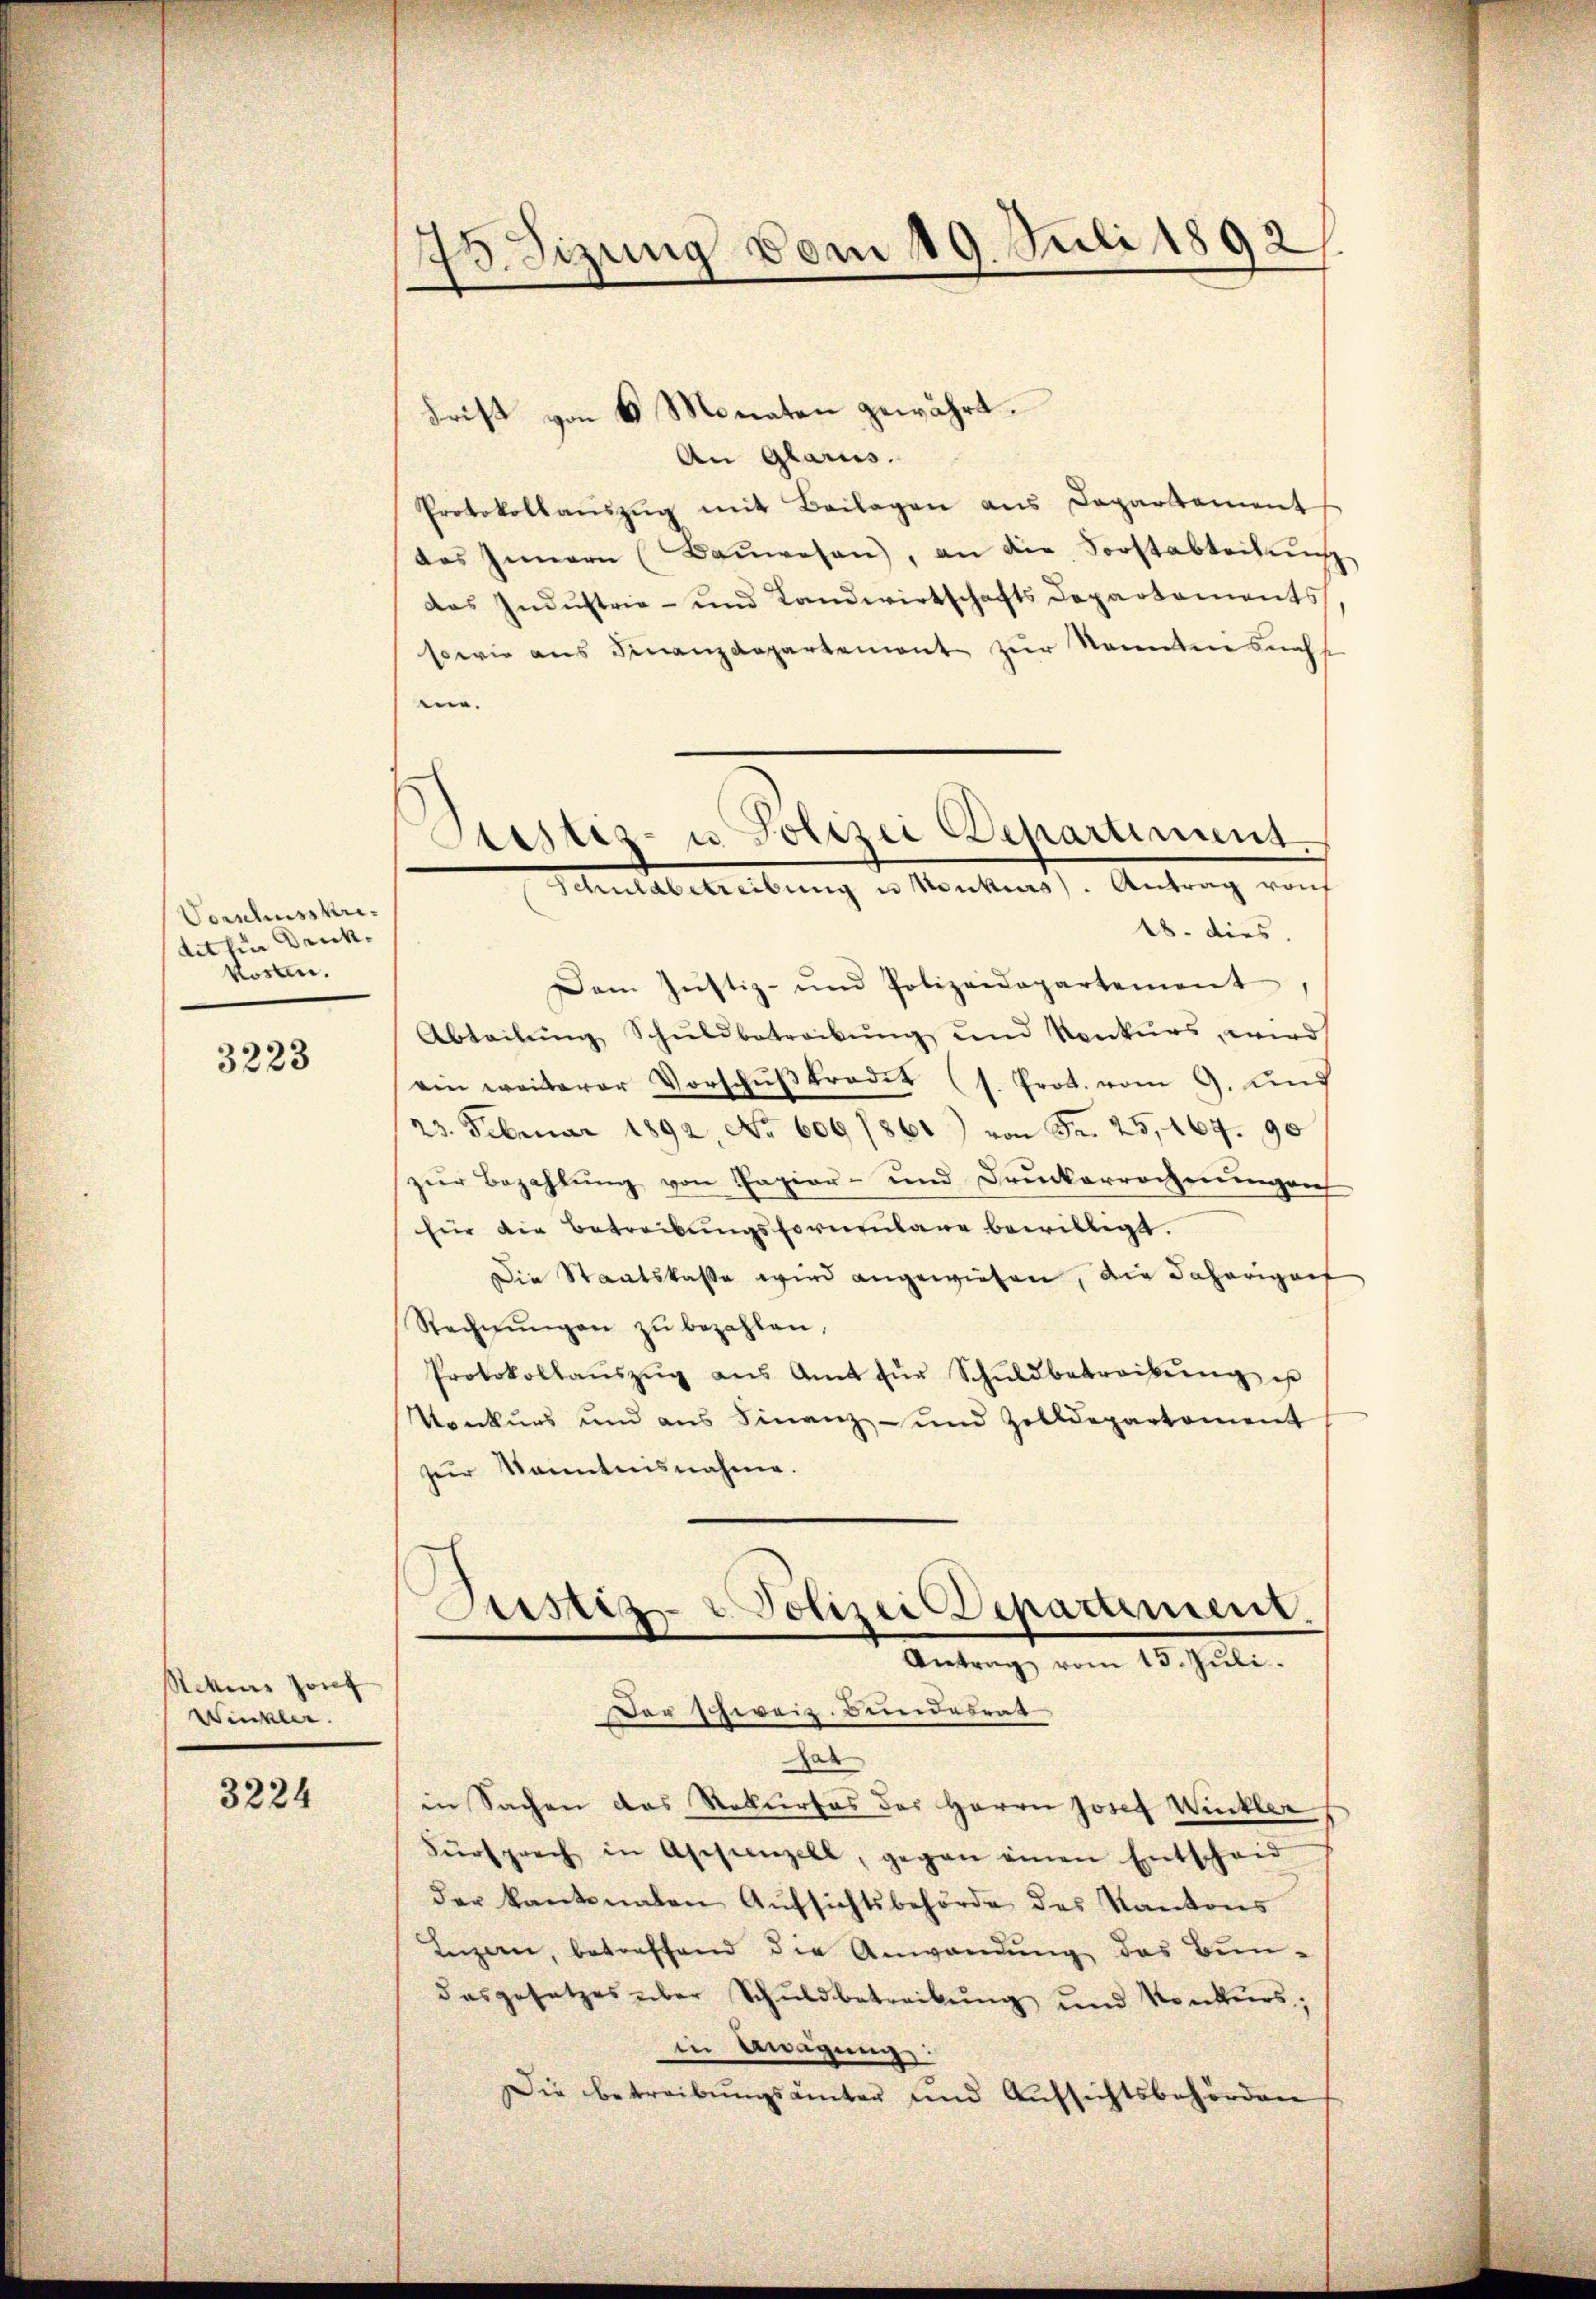
Vorschusskri-
dithin Druck.
kosten.

3223

Schens Josef
Winkler.

3224

73. Sizung vom 19. Juli 1892

Frist von 6 Monaten gewährt.
An Glarus.
Protokollaŭszŭg mit Beilagen aus Departement
das Innern (Baŭwesen, an die Forstabteilung
das Industrie- und Landwirtschafts Departements
sowie aus Finanzdepartement zur kannten nachs
e.
18. dies
Dem Justiz- und Polizeidepartement
Abteilŭng Schŭldbetreibŭng und Konkurs, wird
ein weiterer Vorschŭβkradet (s. Prot. vom 9. und
23. Februar 1892, No 609/861) von Fr. 25, 464. 90
zur Bezahlung von Papier- und Druckerrechnungen
für die Betreibungsformŭlar bewilligt.
Die Staatskasse wird angewiesen, die daherigorf
Rechnŭngen zŭ bezahlen,
Protokollaŭszŭg aŭs Amt für Schŭldbetreibŭng es
Konkurs und aus Finanz- und Zolldepartement
zur Kenntnisnahme.
Justiz- & Polizei-Departement.
Antrag vom 15. Jŭli
Der schweiz. Bundesrat
r
in Sachen das Rekurses des Herrn Josef Winkler
Fürsprech in Aschenzell, gegen einen Entscheid
der kantonalen Aŭfsichtsbehörde des Kantons
Ingen, betreffend die Anwendung des Bun-
dasgesetzes über Schuldbetreibŭng und Konkurs:
in Anigung
Die betreibŭngsämter und Aŭfsichtsbehörden

Stistiz- u. Polizei Departiment.
Schuldbetreibung es Stockens). Antrag vorh